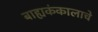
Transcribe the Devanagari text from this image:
बाह्यकंकालाचे